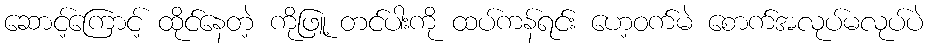
ဆောင့်ကြောင့် ထိုင်နေတဲ့ ကိုဖြူ့ တင်ပါးကို ထပ်ကန်ရင်း ဟေ့ဝက်မဲ စောက်အလုပ်မလုပ်ပဲ